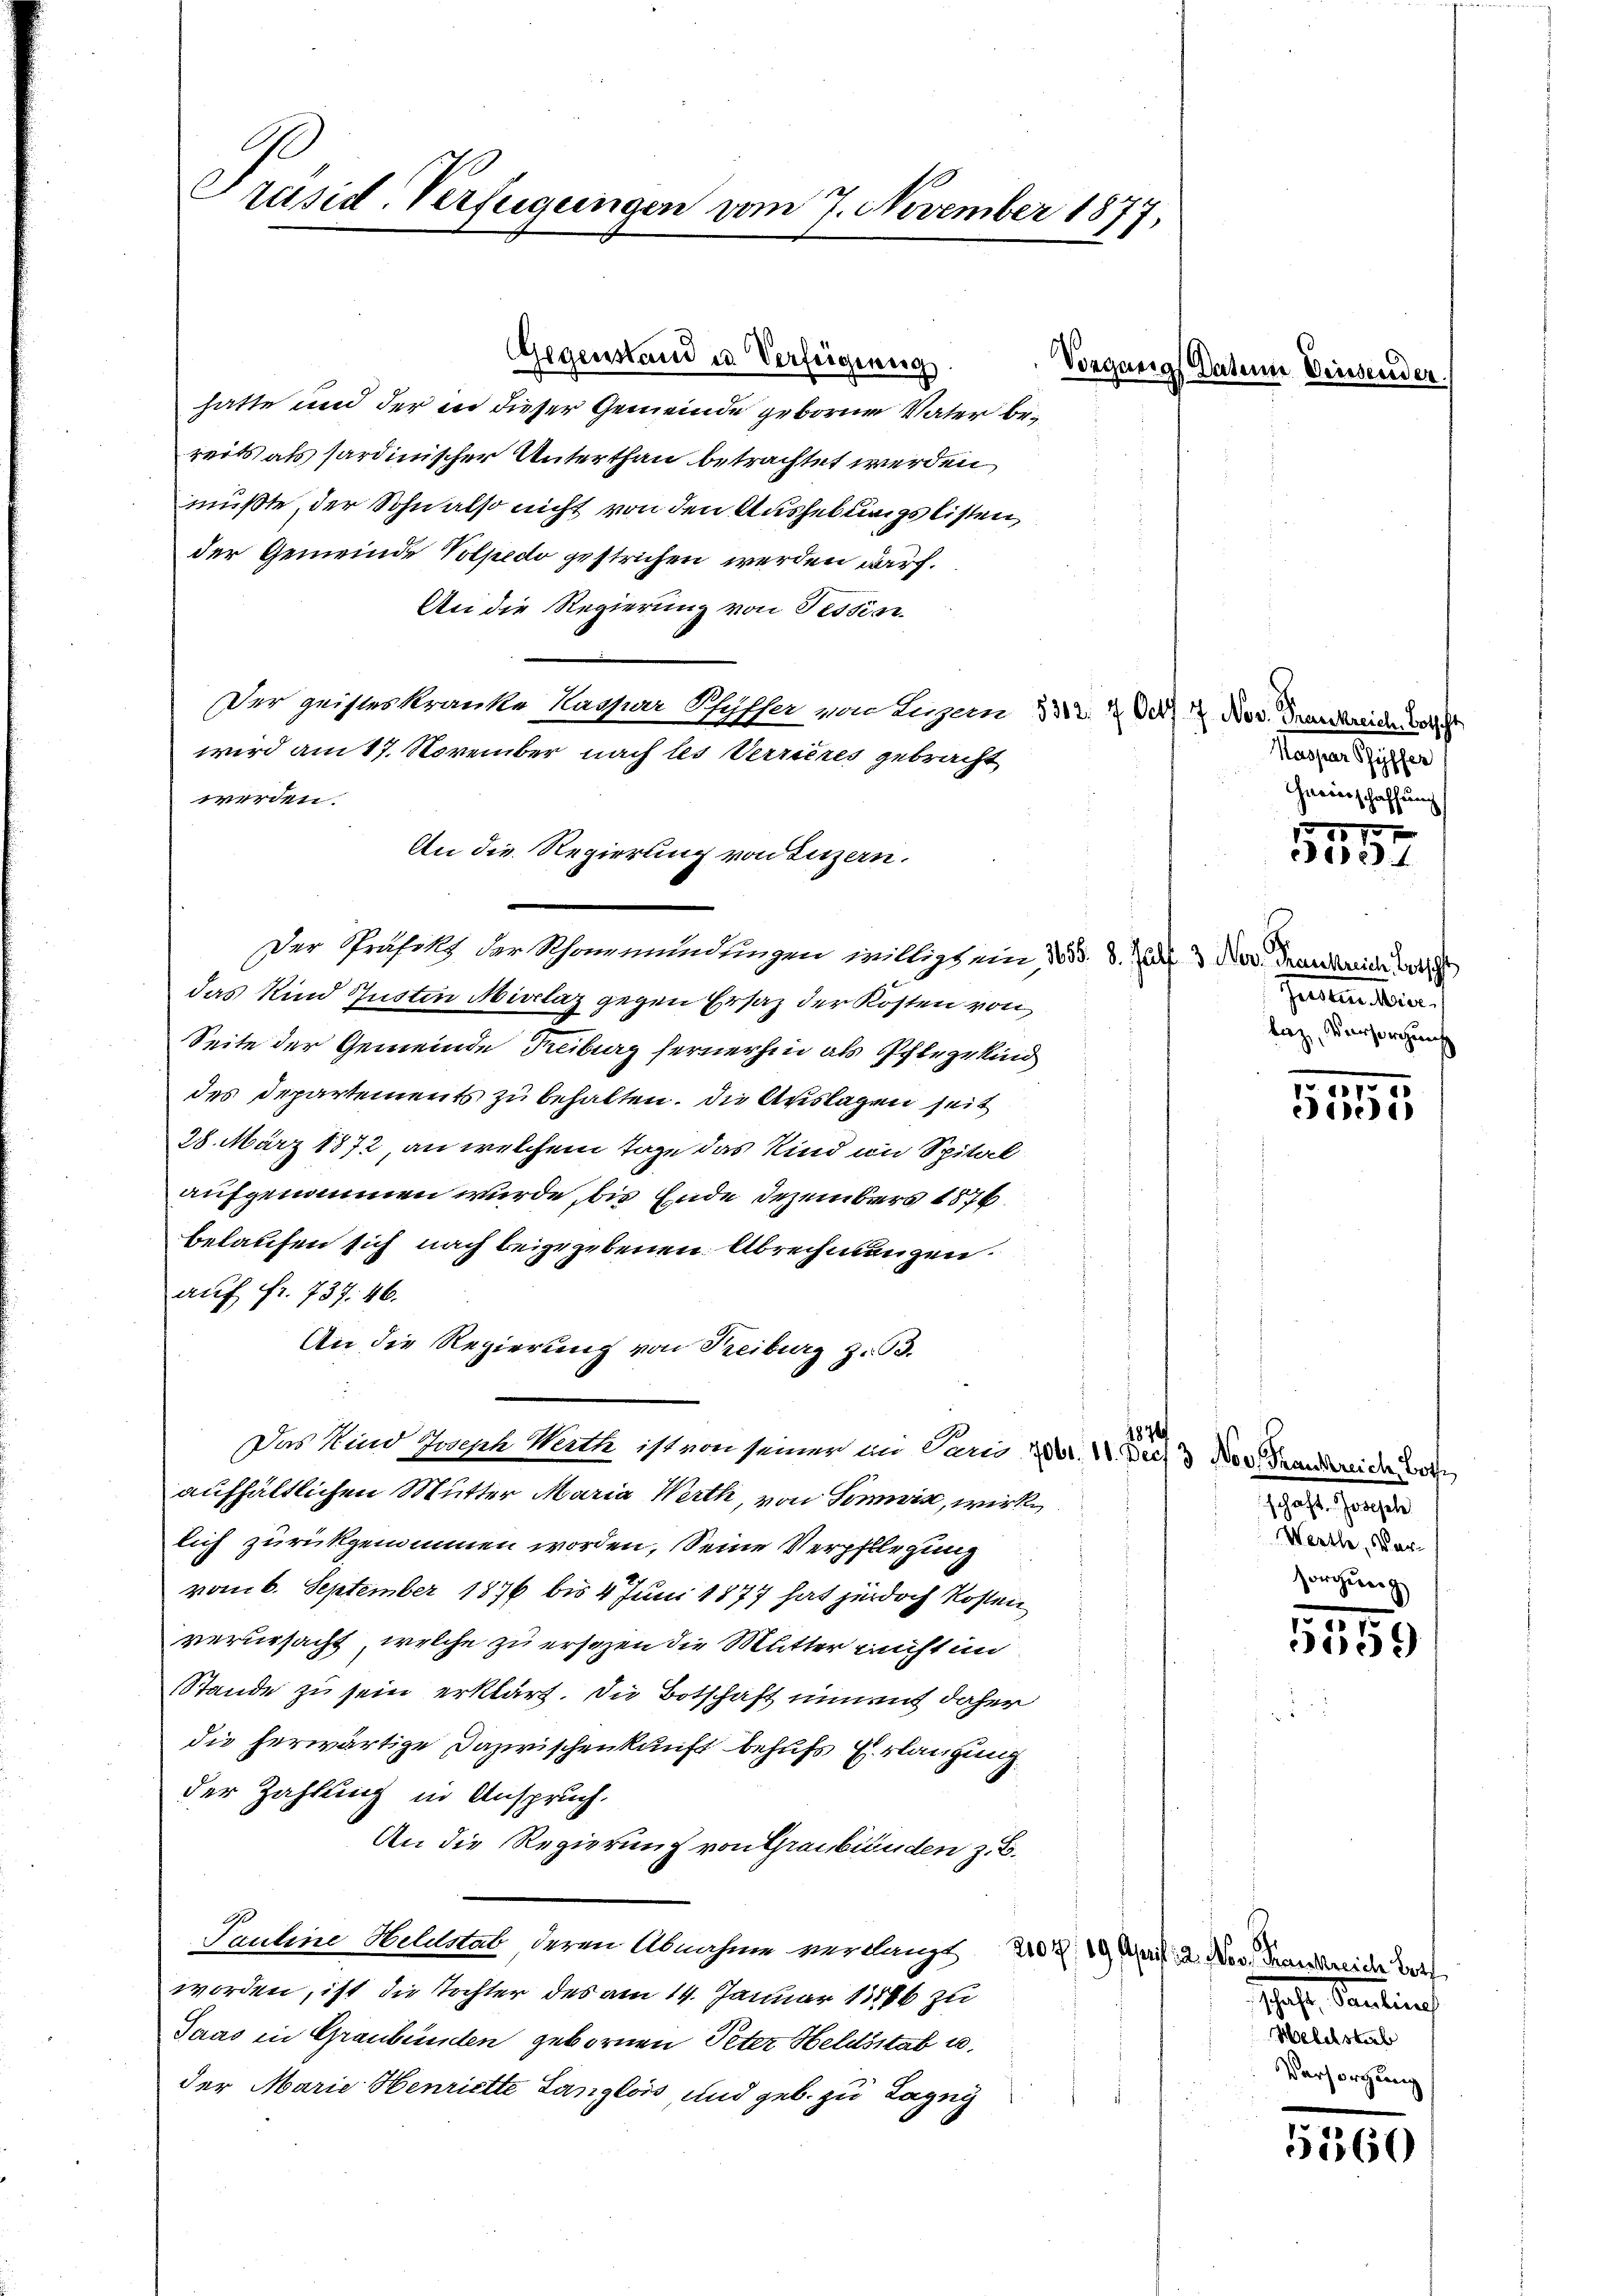
Präsid-Verfügungen vom 7. November 1877.

Gegenstand u. Verfügung
hatte und der in dieser Gemeinde gebornen Vater bereits als sardinischer Unterthan betrachtet werden,
müßte, der Sohn also nicht von den Aushebungslisten,
der Gemeinde Volpedo gestrichen werden darf.
An die Regierung von Tessinn
Der geisteskranke Kaspar Schiffer von Luzern 332. 2. Oct. 12. Nov. Frankreide Vorst
wird am 17. November nach les Verrieres gebracht
werden.
Der Präfekt der Schwermundungen willigt ein 155. 8. d. 3. Nov. Frankreich der
das Kind Justen Misclaz gegen Ersatz der Kosten von
Seite der Gemeinde Freiburg fernerhin als Pflegekind
des Departements zu behalten. Die Auslagen seit
28. März 1872 an welchem Tage das Kind im Spital
aufgenommen wurde, bis Ende Dezember 1876.
belaufen sich nach beigegebenen Abrechnungen.
auf fr. 737. 46.
An die Regierung von Reiburg z. B.
1876
Das Kind Joseph Werth ist von seiner im Paris. Z. V. Decz 3 Nov. Transtreide woh
aufhältlichen Mutter Maria Werth, von Somnis, wirklich zurückgenommen worden, Seine Verpflegung
vom 6. September 1876 bis 4. Juni 1877 hat jedoch kosten
verursacht, welche zu ersezen die Mutter nicht in
Stande zu sein erklärt. Die Botschaft niment daher
die herwärtige Dazwischenkunft behufs Erlangung.
der Zahlung in Anspruch.
An die Regierung von Graubünden z. B.
Pauline Heldrab deren Abnahme verlangt 207, 19. April 2. Nov. Transtreider Ver
worden, ist die Tochter des am 14. Januar 1886 zu
Jaas in Graubünden gebornen Peter Heldsstab u.
der Marie Henriette Langlois, und geb. zu Tagen

An die Regierung von Luzern.

Vorgang Datum Diessende

Kaspar Pfyffer
heeinschaffung

1157.
e

Generalien
Tag, Versprechung

1
Sivers

schaft. Jossel
Werthe, Versorgung

1559

Hof. Santich
Sie
Versorgung

5560